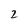
Character: 2